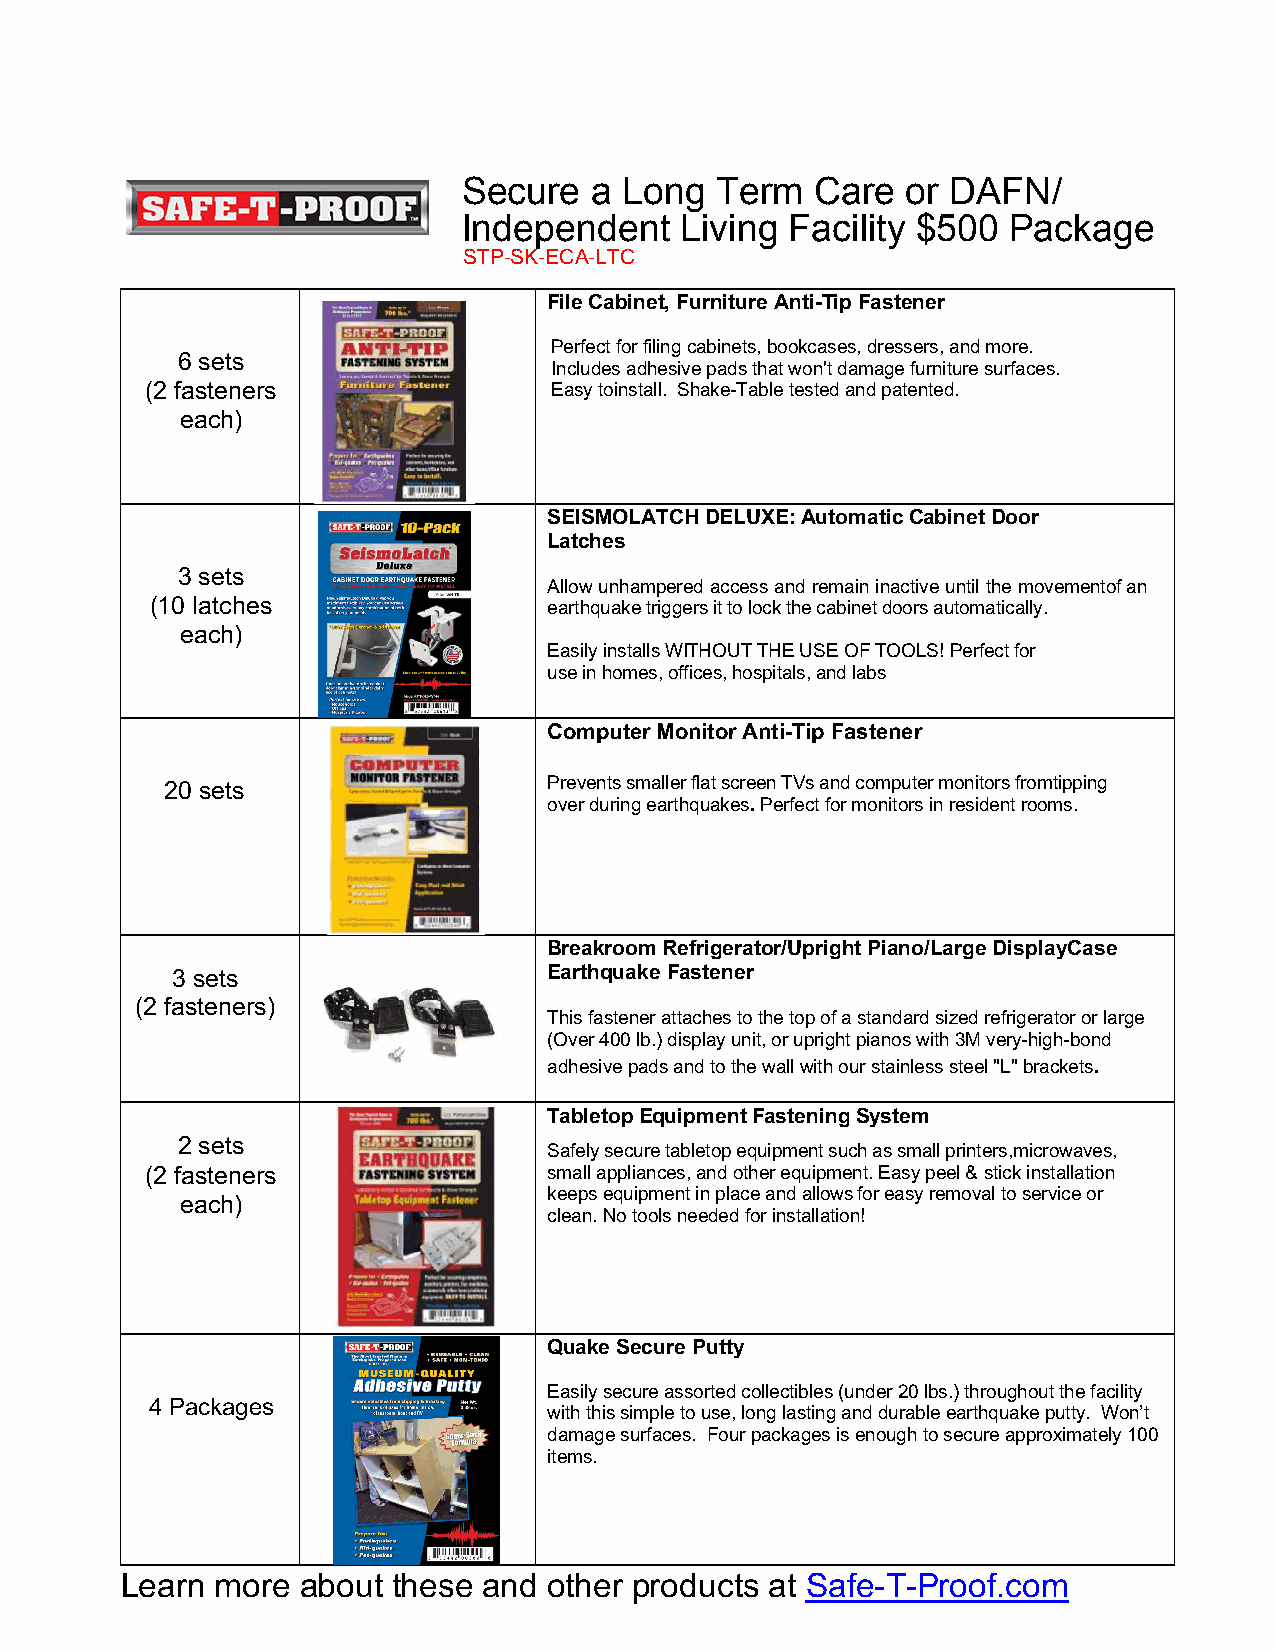
Secure  a Long  Term   Care  or DAFN/
 Independent   Living Facility $500  Package
 STP-SK-ECA-LTC
 File Cabinet, Furniture Anti-Tip Fastener
 Perfect for filing cabinets, bookcases, dressers, and more.
 6 sets
 Includes adhesive pads that won't damage furniture surfaces.
 (2 fasteners              Easy to install. Shake-Table tested and patented.
 each)
 SEISMOLATCH DELUXE: Automatic Cabinet Door
 Latches
 3 sets
 Allow unhampered access and remain inactive until the movement of an
 (10 latches               earthquake triggers it to lock the cabinet doors automatically.
 each)
 Easily installs WITHOUT THE USE OF TOOLS! Perfect for
 use in homes, offices, hospitals, and labs
 Computer Monitor Anti-Tip Fastener
 20 sets                  Prevents smaller flat screen TVs and computer monitors from tipping
 over during earthquakes. Perfect for monitors in resident rooms.
 Breakroom Refrigerator/Upright Piano/Large Display Case
 3 sets                   Earthquake Fastener
 (2 fasteners)
 This fastener attaches to the top of a standard sized refrigerator or large
 (Over 400 lb.) display unit, or upright pianos with 3M very-high- bond
 adhesive pads and to the wall with our stainless steel "L" brackets.
 Tabletop Equipment Fastening System
 2 sets
 Safely secure tabletop equipment such as small printers, microwaves,
 (2 fasteners              small appliances, and other equipment. Easy peel & stick installation
 keeps equipment in place and allows for easy removal to service or
 each)
 clean. No tools needed for installation!
 Quake Secure Putty
 Easily secure assorted collectibles (under 20 lbs.) throughout the facility
 4 Packages
 with this simple to use, long lasting and durable earthquake putty. Won’t
 damage surfaces. Four packages is enough to secure approximately 100
 items.
 Learn more  about these and other products at Safe-T-Proof.com